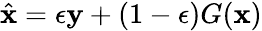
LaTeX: \hat{\textbf{x}}=\epsilon\textbf{y}+(1-\epsilon)G(\textbf{x})